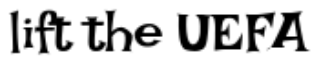
lift the UEFA